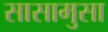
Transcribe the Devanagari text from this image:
सासामुसा